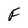
Character: F